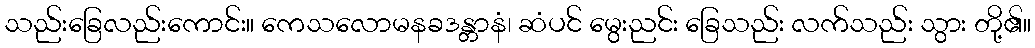
သည်းခြေလည်းကောင်း။ ကေသလောမနခဒန္တာနံ၊ ဆံပင် မွေးညင်း ခြေသည်း လက်သည်း သွား တို့၏။